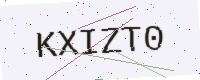
Text: KXIZT0